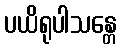
ပယိရုပါသန္တေ